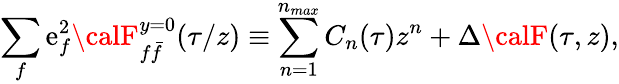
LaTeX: \sum_{f}\mathrm{e}_{f}^{2}{\calF}_{f\bar{{f}}}^{y=0}(\tau/z)\equiv\sum_{n=1}^{n_{max}}C_{n}(\tau)z^{n}+\Delta{\calF}(\tau,z),